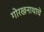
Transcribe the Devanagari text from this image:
गोरखनाथाचे